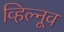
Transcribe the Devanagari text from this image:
व्हिल्नूव